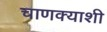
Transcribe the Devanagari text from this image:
चाणक्याशी